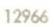
12966